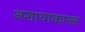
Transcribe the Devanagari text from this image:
अशायाकात्ल